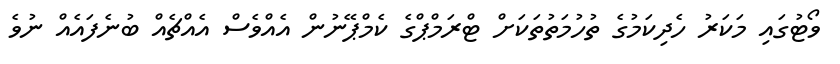
ވޯޓުގައި މަކަރު ހެދިކަމުގެ ތުހުމަތުތަކަށް ޓްރަމްޕްގެ ކެމްޕޭނުން އެއްވެސް އެއްޗެއް ބުނެފައެއް ނުވެ